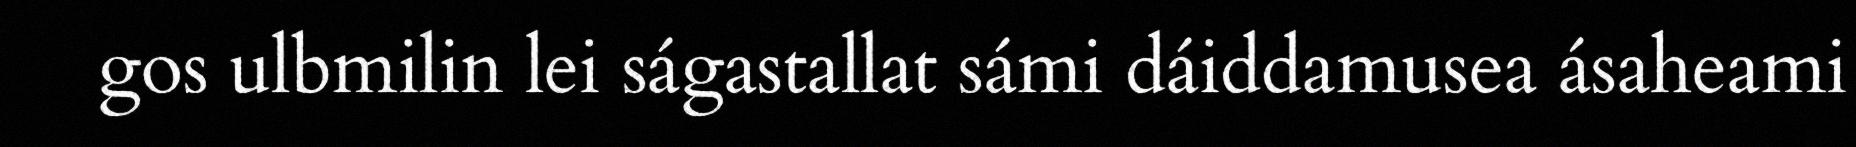
gos ulbmilin lei ságastallat sámi dáiddamusea ásaheami